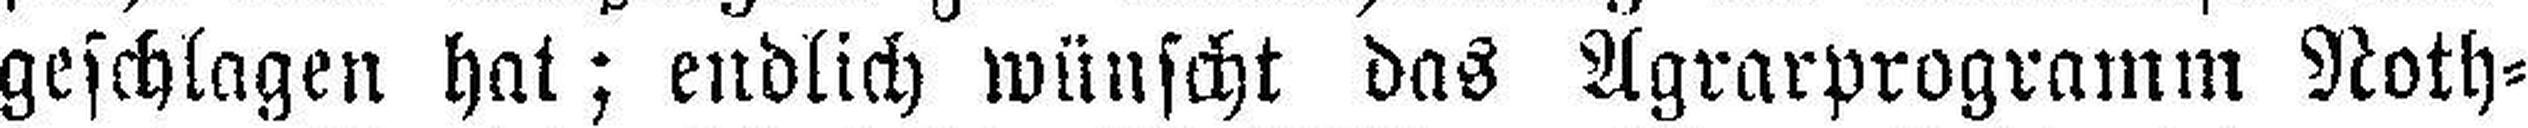
geschlagen hat; endlich wünscht das Agrarprogramm Noth¬